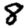
Digit: 8